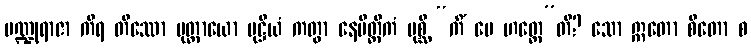
ပဏ္ဍုရာဇာ ကိရ တိဿော မုတ္တာယော မုဋ္ဌိယံ ကတွာ နေမိတ္တိကံ ပုစ္ဆိ “ကိံ မေ ဟတ္ထေ”တိ? သော ဣတော စိတော စ